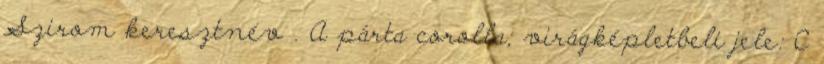
Szirom keresztnév . A párta corolla; virágképletbeli jele: C